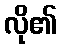
လို၏